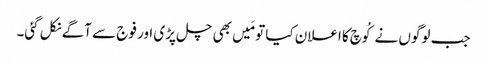
جب لوگوں نے کُوچ کا اعلان کیا تو مَیں بھی چل پڑی اور فوج سے آگے نکل گئی۔